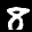
Label: 8